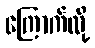
ကြောက်လို့